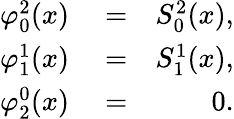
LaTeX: \begin{array}{rlr}{\varphi_{0}^{2}(x)}&{{}=}&{S_{0}^{2}(x),}\\ {\varphi_{1}^{1}(x)}&{{}=}&{S_{1}^{1}(x),}\\ {\varphi_{2}^{0}(x)}&{{}=}&{0.}\end{array}